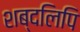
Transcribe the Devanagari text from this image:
शब्दलिपि